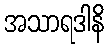
အသာရဒါနိ